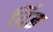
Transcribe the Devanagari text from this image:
दिंड